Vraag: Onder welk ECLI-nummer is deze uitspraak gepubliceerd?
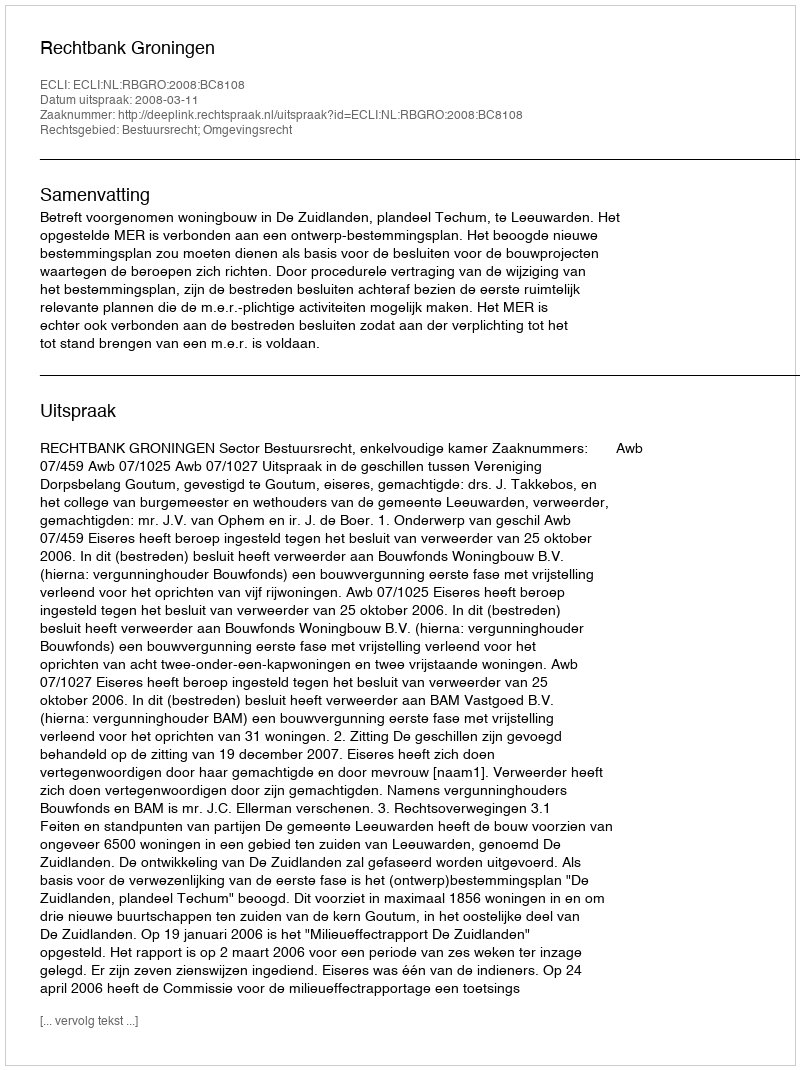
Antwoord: ECLI:NL:RBGRO:2008:BC8108